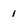
Character: 1